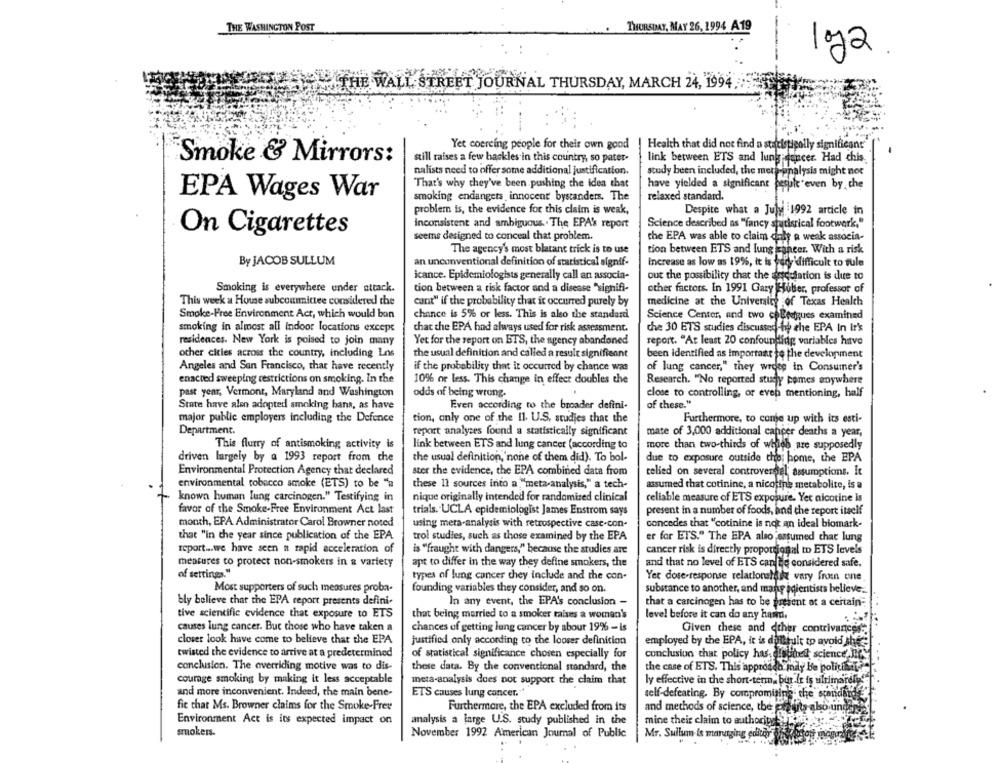
THE WASHINGTON POST
THURSDAY, MAY 26, 1994 A19
loja
THE WALL STREET JOURNAL THURSDAY, MARCH 24, 1994.
Yet coercing people for their own good
Health that did not find a statistigolly significant
Smoke & Mirrors:
still raises a few backles in this country, so pater-
link between ETS and lung dancer. Had this.
nu foncer. Had chis
nalists need to offer some additional justification.
study been included, the metaanalysis might not
That's why they've been. pushing the idea that
have yielded a significant fesuk even by, che
EPA Wages War
smoking endangers innocent bystanders. The
relaxed standard.
problem is, the evidence for this claim is weak,
Despite what a July 1992 article in
inconsistent and ambiguous .. The EPAS report
Science described as "fancy statistical footwork."
On Cigarettes
seems designed to conceal that problem.
the EPA was able to claim daly a weak associa-
The agency's most blatant trick is to use
tion between ETS and lung cancer. With a risk
By JACOB SULLUM
an unconventional definition of statistical signif-
Increase as low as 19%, it is very difficult to tule
icance. Epidemiologists generally call an associa-
out the possibility that the ausculation is due to
Smoking is everywhere under attack.
tion between a risk factor and a disease "signifi-
other factors. In 1991 Gary Huber, professor of
This week a House subcommittee considered the
cant" if the probability that it occurred purely by
medicine at the University of Texas Health
Smoke-Free Environment Act, which would ban
chance is 5% or less. This is also the standard
Science Center, and two coBestgues examined
smoking in almost all indoor locations except
chat the EPA had always used for risk assessment.
che 30 ETS studies discussedby the EPA In Ir's
residences. New York is poised to join many
Yet for the report on BTS, the agency abandoned
report. "At least 20 confounding variables hatve
other cities across the country, including Los
the usual definition and called a result signifiennt
been identified as Important to the development
Angeles and San Francisco, thar have recently
if the probability that it occurred by chance was
of lung cancer," they wrote in Consumer's
enacted sweeping restrictions on smoking. In the
10% or less. This change in effect doubles the
Research. "No reported study pomes anywhere
past year, Vermont, Maryland and Washington
odds of being wrong.
close to controlling, or even mentioning, half
State have also adopted smoking hans, as have
Even according to the broader defini-
of these."
major public employers including the Defence
tion, only one of the Il. U.S. studies that the
Furthermore, to come up with its esti-
Department.
report analyses found a statistically significant
mate of 3,000 additional cancer deaths a year,
This flurry of antismoking activity is
link between ETS and lung cancer (according to
more than two-thirds of which are supposedly
driven largely by a 1993 report from the
the usual definition,'none of them did). To bol-
due to exposure outside the home, the EPA
Environmental Protection Agency that declared
ster the evidence, the EPA combined data from
relied on several controversial assumptions. It
environmental tobacco smoke (ETS) to be "a
these 11 sources into a "meta-analysis," a tech-
assumed that cotinine, a nicotine metabolite, is a
known human lung carcinogen." Testifying in
nique originally intended for randomized clinical
reliable measure of ETS exposure. Yet nicotine is
favor of the Smoke-Free Environment Act last
trials. UCLA epidemiologist James Enstrom says
present in a number of foods, and the report itself
month, EPA Administrator Carol Browner noted
using meta-analysis with retrospective case-con-
concedes that "cotinine is not an ideal biomark-
that "in the year since publication of the EPA
trol studies, such as those examined by the EPA
er for ETS." The EPA also assumed char lung
report ... we have seen a rapid acceleration of
is "fraught with dangers," because the studies are
cancer risk is directly proportional to ETS levels
measures to protect non-smokers in a variety
apt to differ in the way they define smokers, the
and that no level of ETS can be considered safe.
of settings."
types of lung cancer chey include and the con-
Yer dose-response relationshade vary from one
Most supporters of such measures proba-
founding variables they consider, and so on.
substance to another, and many idientists believe.
bly believe that the EPA report presents defini-
In any event, the EPA's conclusion -
that a carcinogen has to be present at a certain-
tive scientific evidence that exposure to ETS
that being married to a smoker raises a woman's
level before it can do any hamn.
causes lung cancer. But those who have taken a
chances of getting lung cancer by about 19% - is
Given these and other contrivances"
closer look have come to believe that the EPA
justified only according to the looser definition
employed by the EPA, it is doingult to avoid the
twisted the evidence to arrive at a predetermined
of statistical significance chosen especially for
conclusion that policy has distinett science no
conclusion. The overriding motive was to dis-
these data. By the conventional standard, the
the case of ETS. This approach may be policial
courage smoking by making it less acceptable
meta-analysis does not support the claim that
ly effective in the short-term, bur.It is ultimately!"
and more inconvenient. Indeed, the main bene-
ETS causes lung cancer."
self-defeating. By compromising the standards
fic that Ms. Browner claims for the Smoke-Free
Furthermore, the EPA excluded from its
and methods of science, the pretty also under
rabo
Environment Act is its expected impact on
analysis a large U.S. study published in the
mine their claim to authority !!
smokers.
Mr. Sullum is managing editor
November 1992 American Journal of Public